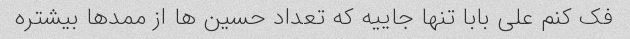
فک کنم علی بابا تنها جاییه که تعداد حسین ها از ممدها بیشتره